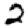
Digit: 2